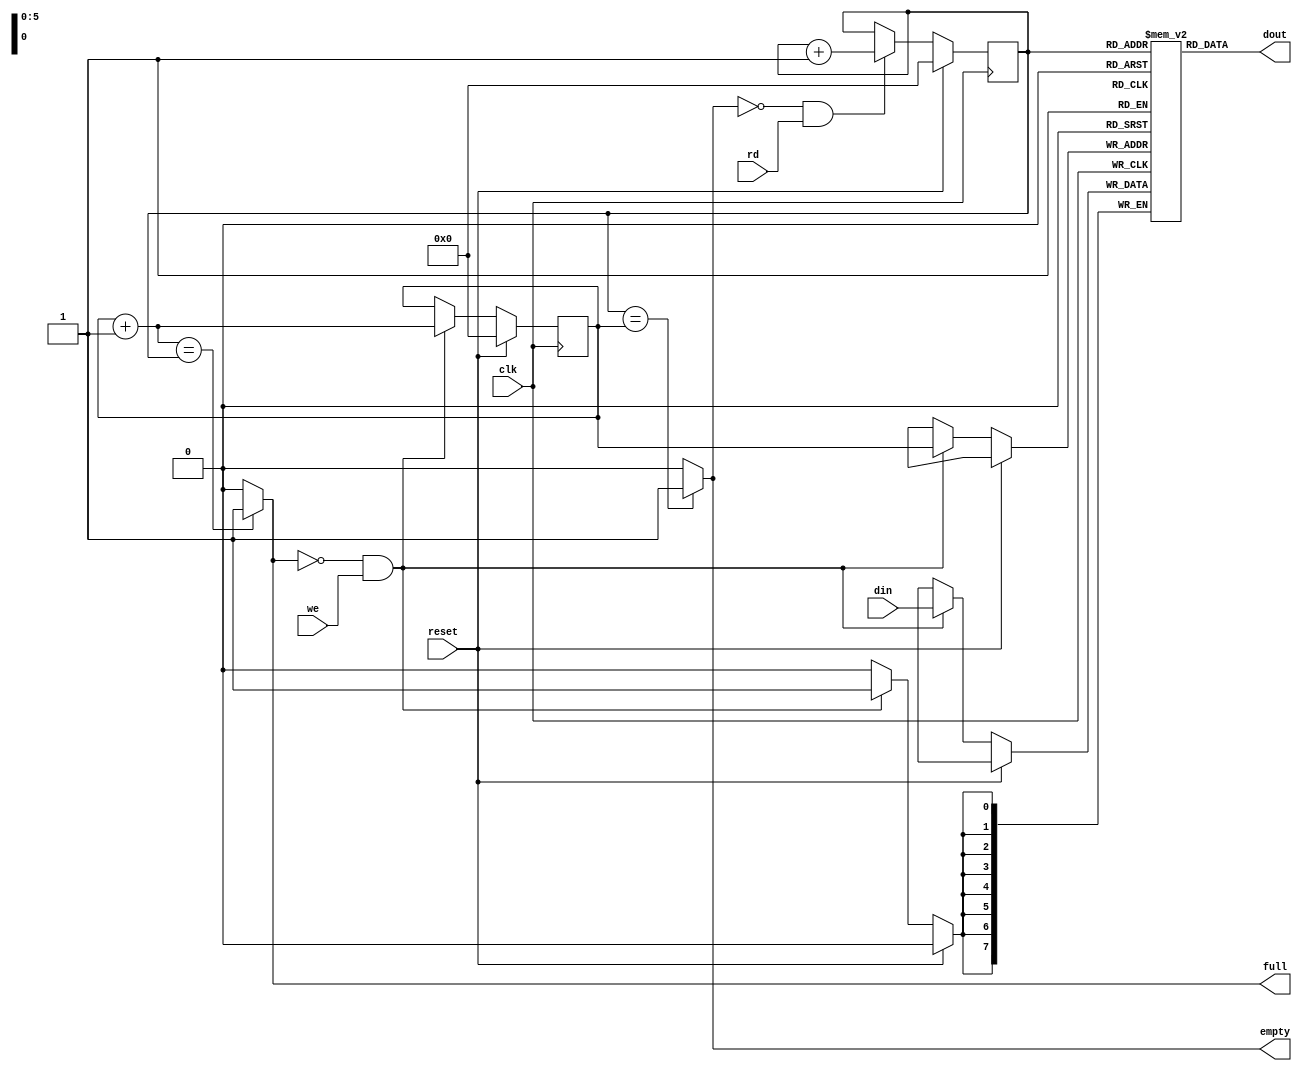
module FIFO (

    input clk,
    input reset,

    // data-in
    input we,                   // active-high write enable
    input [7:0] din,            // data in

    // data-out
    input  rd,                  // active-high read strobe
    output [7:0] dout,          // data out
    output empty,               // active-high FIFO empty flag
    output full                 // active-high FIFO full flag
);

    reg [7:0] ram [63:0];       // dual-port ram
    reg [5:0] addra;            // write-port address counter
    reg [5:0] addrb;            // read-port address counter

    // write-port
    always @(posedge clk) begin
        if (reset) addra <= 6'd0;
        else if (!full && we) begin
            ram[addra] <= din;
            addra <= addra + 1'd1;
        end
    end

    // read-port
    always @(posedge clk) begin
        if (reset) addrb <= 6'd0;
        else if (!empty && rd) addrb <= addrb + 1'd1;
    end

    assign dout = ram[addrb];
    assign empty = (addrb==addra) ? 1'b1 : 1'b0;
    assign full = ((addra+1'b1)==addrb) ? 1'b1 : 1'b0;

endmodule